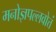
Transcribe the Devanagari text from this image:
मनोज्ञपल्लवोत्तं